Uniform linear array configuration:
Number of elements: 48
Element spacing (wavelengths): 0.25
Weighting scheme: cosine
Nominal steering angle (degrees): -15
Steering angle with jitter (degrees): -13.6
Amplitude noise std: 0.05
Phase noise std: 0.05

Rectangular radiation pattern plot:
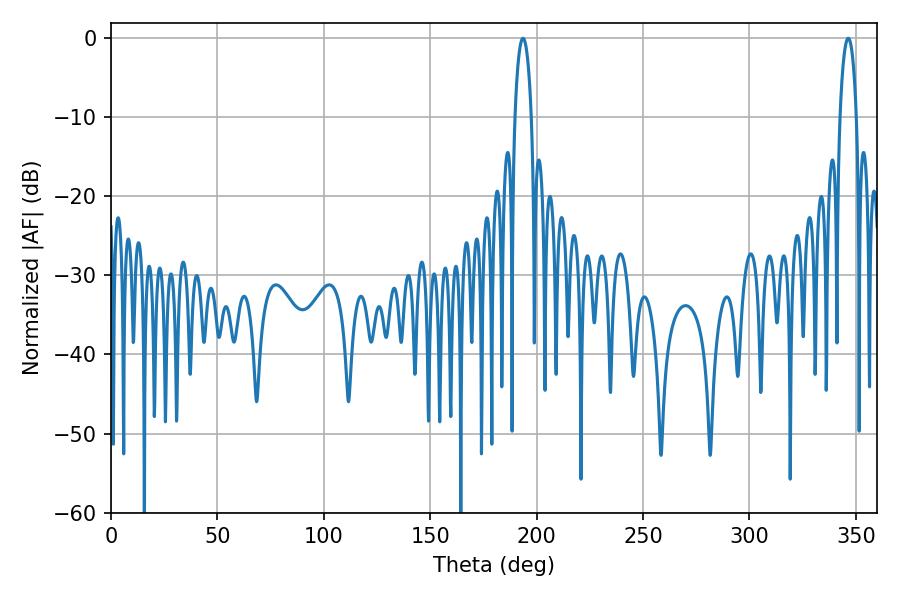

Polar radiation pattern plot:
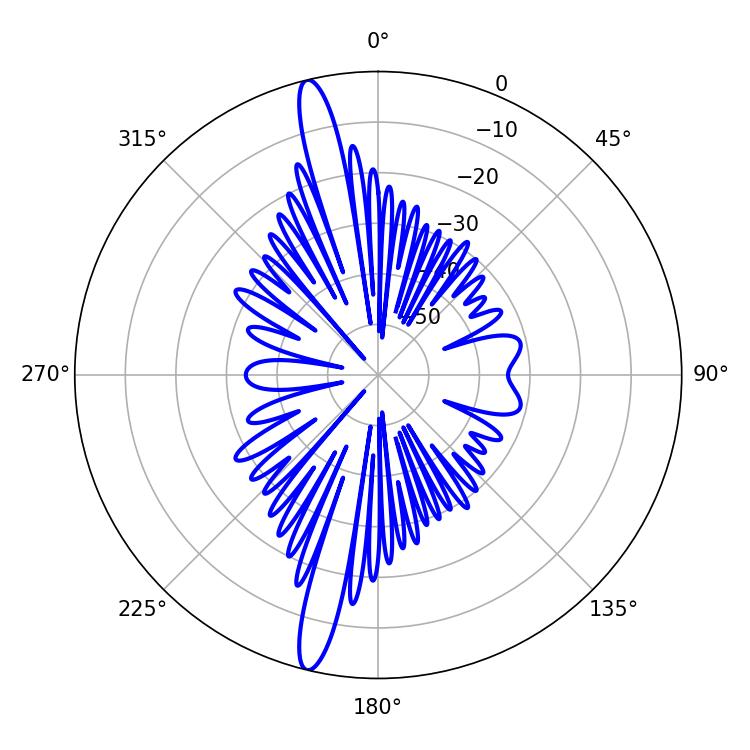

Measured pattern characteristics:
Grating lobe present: FALSE
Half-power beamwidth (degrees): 4.5
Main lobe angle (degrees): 193.5